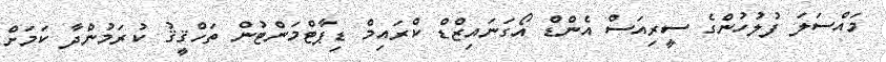
މައްސަލަ ފުލުހުންގެ ސީރިއަސް އެންޑް އޯގަނައިޒްޑް ކްރައިމް ޑިޕާޓްމަންޓުން ތަހްޤީޤު ކުރަމުންދާ ކަމަށް